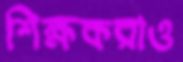
শিক্ষকরাও